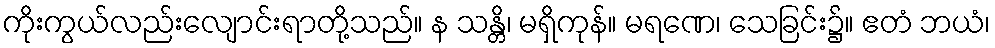
ကိုးကွယ်လည်းလျောင်းရာတို့သည်။ န သန္တိ၊ မရှိကုန်။ မရဏေ၊ သေခြင်း၌။ ဧတံ ဘယံ၊